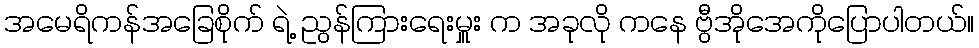
အမေရိကန်အခြေစိုက် ရဲ့ ညွန်ကြားရေးမှူး က အခုလို ကနေ ဗွီအိုအေကိုပြောပါတယ်။